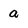
Character: a